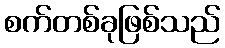
စက်တစ်ခုဖြစ်သည်